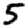
Digit: 5